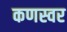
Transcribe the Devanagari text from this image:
कणस्वर